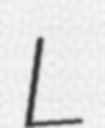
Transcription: L